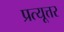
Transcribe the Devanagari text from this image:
प्रत्यूत्तर